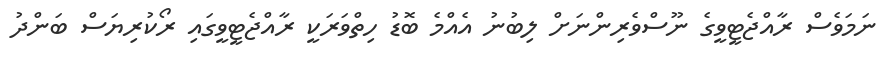
ނަމަވެސް ރާއްޖެޓީވީގެ ނޫސްވެރިންނަށް ލިބުނު އެއްމެ ބޮޑު ހިތްވަރަކީ ރާއްޖެޓީވީގައި ރޯކުރިޔަސް ބަންދު